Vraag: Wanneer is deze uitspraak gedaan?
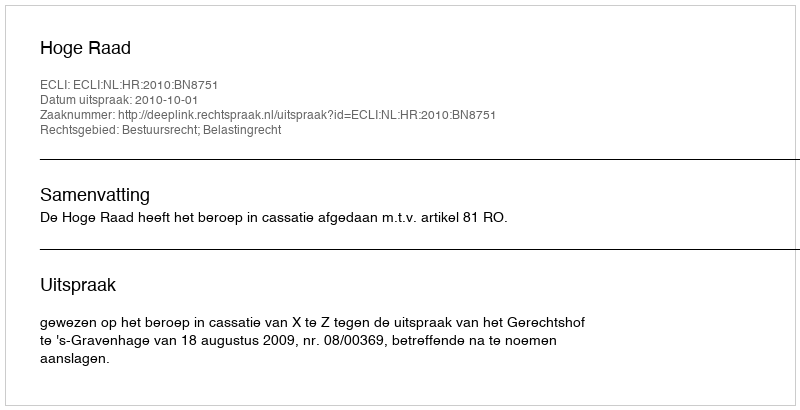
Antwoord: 2010-10-01